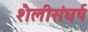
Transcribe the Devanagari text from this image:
शैलीसंघर्ष